Civil Veterinary Department. United Provinces 1932-42 - 1932-1942
Year: 1932
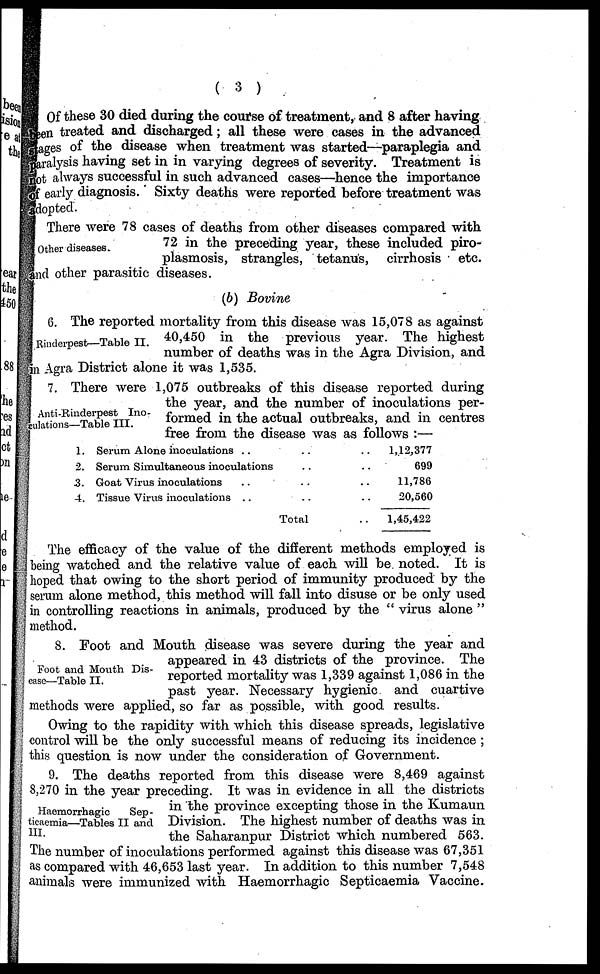
( 3 )
Of these 30 died during the course of treatment, and 8 after having
been treated and discharged; all these were cases in the advanced
stages of the disease when treatment was started—paraplegia and
paralysis having set in in varying degrees of severity. Treatment is
not always successful in such advanced cases—hence the importance
of early diagnosis. Sixty deaths were reported before treatment was
adopted.
Other diseases.
There were 78 cases of deaths from other diseases compared with
72 in the preceding year, these included Piro-plasmo
and other parasitic diseases.
(6) Bovine
Rinderpest—Table II.
6. The reported mortality from this disease was 15,078 as against
40,450 in the previous year. The highest
number of deaths was in the Agra Division, and
in Agra District alone it was 1,535.
Anti-Rinderpest Ino-
culations—Table III.
7. There were 1,075 outbreaks of this disease reported during
the year, and the number of inoculations per-
formed in the actual outbreaks, and in centres
free from the disease was as follows :—
1.
2.
3.
4.
Serum Alone inoculations .. ..
Serum Simultaneous inoculations ..
Goat Virus inoculations .. ..
Tissue Virus inoculations .. ..
Total
.. 1,12,377
.. 699
.. 11,786
.. 20,560
.. 1,45,422
The efficacy of the value of the different methods employed is
being watched and the relative value of each will be noted. It is
hoped that owing to the short period of immunity produced by the
serum alone method, this method will fall into disuse or be only used
in controlling reactions in animals, produced by the " virus alone "
method.
Foot and Mouth Dis-
ease—Table II.
8. Foot and Mouth disease was severe during the year and
appeared in 43 districts of the province. The
reported mortality was 1,339 against 1,086 in the
past year. Necessary hygienic and cuartive
methods were applied, so far as possible, with good results.
Owing to the rapidity with which this disease spreads, legislative
control will be the only successful means of reducing its incidence ;
this question is now under the consideration of Government.
Haemorrhagic
Sep -
ticaemia—Tables II and
III.
9. The deaths reported from this disease were 8,469 against
8,270 in the year preceding. It was in evidence in all the districts
in the province excepting those in the Kumaun
Division. The highest number of deaths was in
the Saharanpur District which numbered 563.
The number of inoculations performed against this disease was 67,351
as compared with 46,653 last year. In addition to this number 7,548
animals were immunized with Haemorrhagic Septicaemia Vaccine.